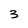
Character: 3